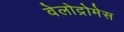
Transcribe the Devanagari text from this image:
वेलोद्रोमेस